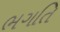
ભગતિ